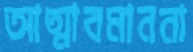
আত্মাবমাননা